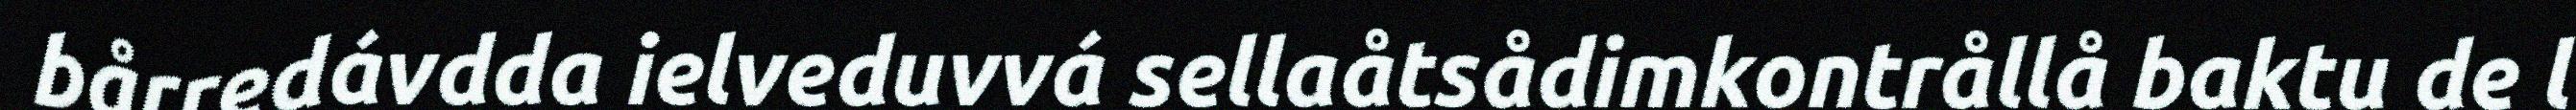
bårredávdda ielveduvvá sellaåtsådimkontrållå baktu de l